Leprosy in India: report of the Leprosy Commission in India, 1890-91
Year: 1890
Disease focus: Leprosy
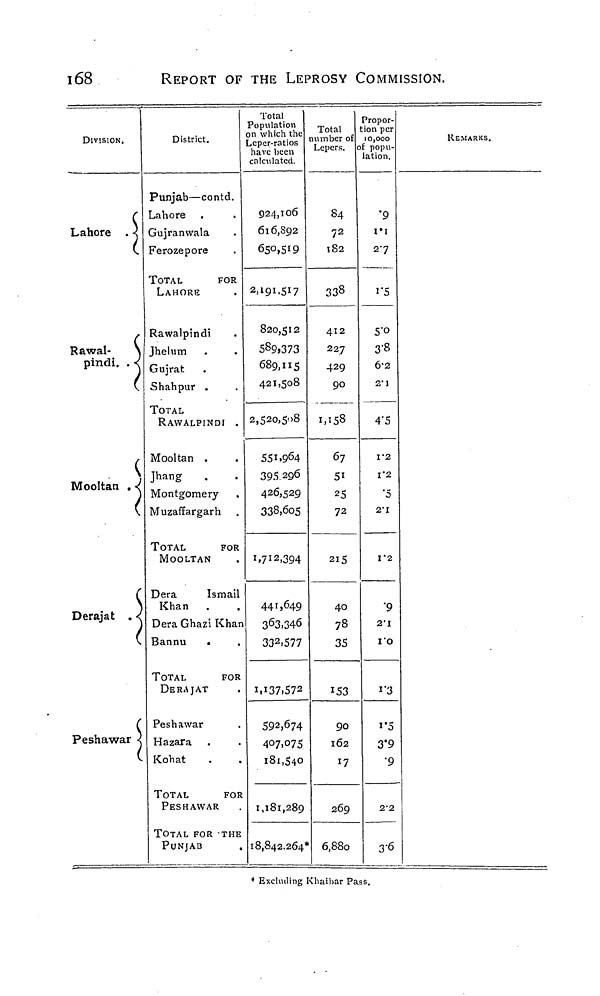
168
REPORT OF THE LEPROSY COMMISSION.
DIVISION.
r
Lahore . <
Rawal-
\
pindi. . <
_
.
J
Mooltan . (
V
Derajat . <
Peshawar <
District.
Punjab—contd.
Lahore
Gujranwala
Ferozepore
TOTAL
FOR
LAHORE
Rawalpindi
Jhelum
Gujrat
Shahpur .
TOTAL
RAWALPINDI .
Mooltan .
Jhang
Montgomery
Muzaffargarh
TOTAL
FOR
MOOLTAN
Dera
Ismail
Khan .
Dera Ghazi Khan
Bannu
.
TOTAL
FOR
DERAJAT
Peshawar
Hazara
Kohat
TOTAL
FOR
PESHAWAR
TOTAL FOR THE
PUNJAB
Total
Population
on which the
Leper-ratios
have been
calculated.
924,106
616,892
650,519
2.191,517
820,512
589,373
689,115
421,508
2,520,508
55L9 6 4
395 296
426,529
338,605
1
>7i2,394
441,649
363,346
33 2 ,577
i.i37,572
592,674
407,075
181,540
1,181,289
18,842.264*
Total
number of
Lepers.
84
72
182
338
412
227
429
90
1,158
67
51
25
72
215
4O
78
35
153
90
162
17
269
6,880
Propor-
tion per
10,000
i popu-
lation.
"9
1*1
27
i"5
5"o
3'8
6-2
2"I
4*5
1-2
I'2
'5
2'I
I"2
'9
2'I
IO
1 "3
i'5
3*9
•9
22
3-6
REMARKS.
* Excluding Khaihar Pass.